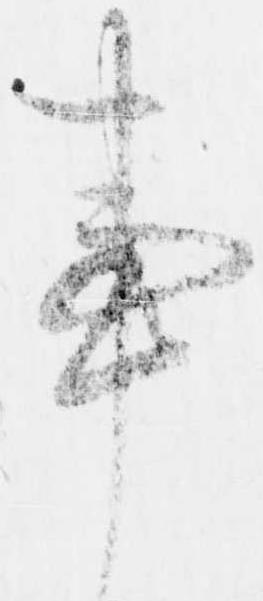
事